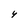
Character: y